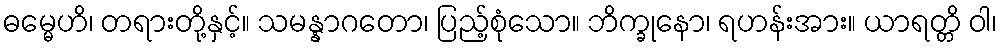
ဓမ္မေဟိ၊ တရားတို့နှင့်။ သမန္နာဂတော၊ ပြည့်စုံသော။ ဘိက္ခုနော၊ ရဟန်းအား။ ယာရတ္တိ ဝါ၊